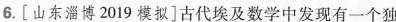
6.[山东淄博2019模拟]古代埃及数学中发现有一个独